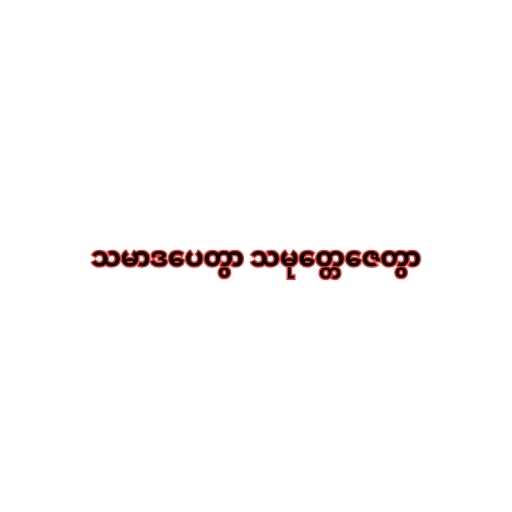
သမာဒပေတွာ သမုတ္တေဇေတွာ